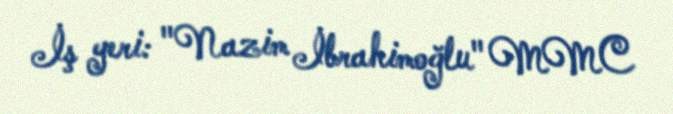
İş yeri: "Nazim İbrahimoğlu" MMC